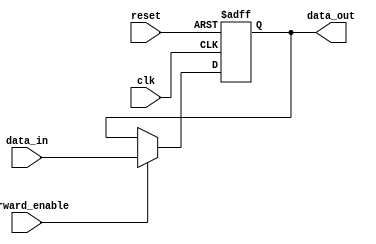
module ForwardingRegister (
    input wire clk,
    input wire reset,
    input wire [31:0] data_in,
    input wire forward_enable,
    output reg [31:0] data_out
);

// Asynchronous reset and synchronous data capture
always @(posedge clk or posedge reset) begin
    if (reset) begin
        // Reset the register to zero
        data_out <= 32'b0;
    end else if (forward_enable) begin
        // Forward the incoming data to the output
        data_out <= data_in;
    end
    // If forward_enable is not active, retain the previous value of data_out
end

endmodule